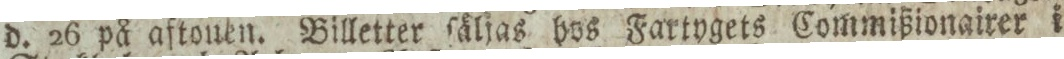
d. 26 på aftonen. Billetter ſäljas bos Fartygets Commißionairer i